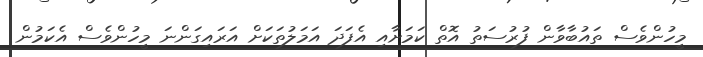
މީހުންވެސް ތައުބާވާން ފުރުސަތު އޮތް ކަމަށާއި އެފަދަ އަމަލުތަކަށް އަރައިގަންނަ މީހުންވެސް އެކަމުން